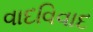
વાદવિવાદ